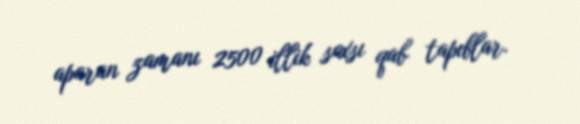
aparan zamanı 2500 illik saxsı qab tapıblar.